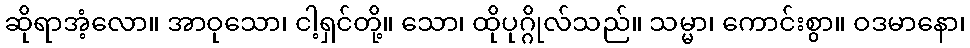
ဆိုရာအံ့လော။ အာဝုသော၊ ငါ့ရှင်တို့။ သော၊ ထိုပုဂ္ဂိုလ်သည်။ သမ္မာ၊ ကောင်းစွာ။ ဝဒမာနော၊